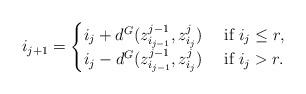
LaTeX: \begin{align*}i_{j+1}=\begin{cases}i_j+d^G(z^{j-1}_{i_{j-1}}, z^j_{i_j})&\textnormal{ if }i_j\leq r, \\i_j-d^G(z^{j-1}_{i_{j-1}}, z^j_{i_j})&\textnormal{ if }i_j> r.\end{cases}\end{align*}